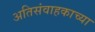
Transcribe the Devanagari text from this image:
अतिसंवाहकाच्या